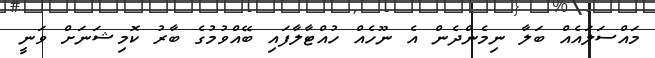
މައްސަލައެއް ބަލާ ނިމެންދެން އެ ނޫހެއް ހުއްޓާލާފައި ބޭއްވުމުގެ ބާރު ކޮމިޝަނަށް ވަނީ